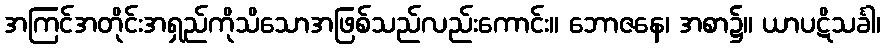
အကြင်အတိုင်းအရှည်ကိုသိသောအဖြစ်သည်လည်းကောင်း။ ဘောဇနေ၊ အစာ၌။ ယာပဋိသင်္ခါ၊